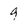
Character: 9